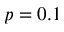
p = 0 . 1